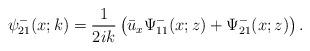
LaTeX: \begin{align*}\psi^-_{21}(x;k)=\frac{1}{2ik}\left(\bar{u}_x \Psi^-_{11}(x;z)+\Psi^-_{21}(x;z)\right).\end{align*}